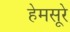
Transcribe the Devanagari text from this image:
हेमसूरे